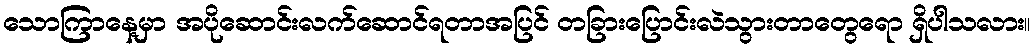
သောကြာနေ့မှာ အပိုဆောင်းလက်ဆောင်ရတာအပြင် တခြားပြောင်းလဲသွားတာတွေရော ရှိပါသလား။